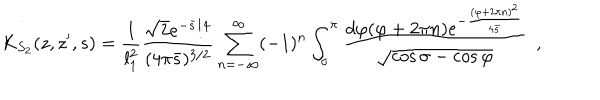
K _ { S _ { 2 } } ( z , z ^ { \prime } , s ) = { \frac { 1 } { l _ { 1 } ^ { 2 } } } { \frac { \sqrt { 2 } e ^ { - { \bar { s } / 4 } } } { ( 4 \pi \bar { s } ) ^ { 3 / 2 } } } \sum _ { n = - \infty } ^ { \infty } ( - 1 ) ^ { n } \int _ { \sigma } ^ { \pi } { \frac { d \varphi ( \varphi + 2 \pi n ) e ^ { - { \frac { ( \varphi + 2 \pi n ) ^ { 2 } } { 4 \bar { s } } } } } { \sqrt { \cos \sigma - \cos \varphi } } } ~ ~ ,